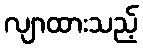
လျာထားသည့်